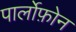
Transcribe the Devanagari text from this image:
पार्लोफ़ोन